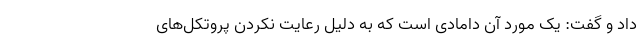
داد و گفت: یک مورد آن دامادی است که به دلیل رعایت نکردن پروتکل‌های